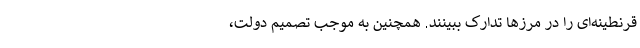
قرنطینه‌ای را در مرز‌ها تدارک ببینند. همچنین به موجب تصمیم دولت،